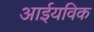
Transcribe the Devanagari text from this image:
आईयविक